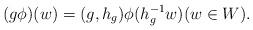
LaTeX: \begin{align*}(g\phi)(w)=(g,h_g)\phi(h_g^{-1}w)(w\in W).\end{align*}